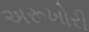
અરૂખોરી